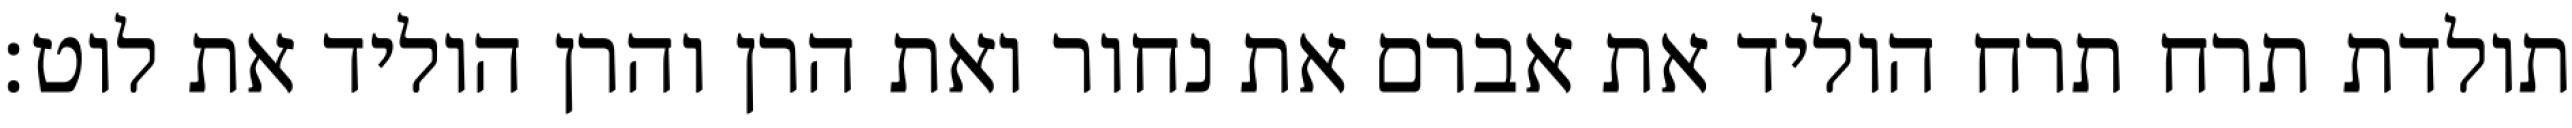
תולדת תרח תרח הוליד את אברם את נחור ואת הרן והרן הוליד את לוט׃